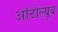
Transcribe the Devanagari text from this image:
ऑटोल्यूब